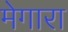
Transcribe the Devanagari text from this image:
मेगारा